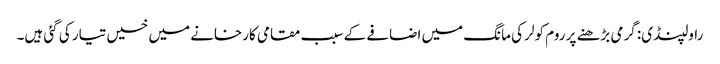
راولپنڈی: گرمی بڑھنے پر روم کولر کی مانگ میں اضافے کے سبب مقامی کارخانے میں خسیں تیار کی گئی ہیں۔